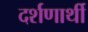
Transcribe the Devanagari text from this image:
दर्शणार्थी